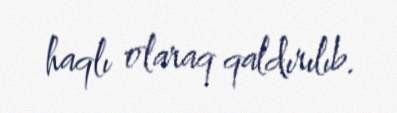
haqlı olaraq qaldırılıb.